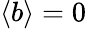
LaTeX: \langle b\rangle=0